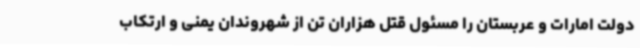
دولت امارات و عربستان را مسئول قتل هزاران تن از شهروندان یمنی و ارتکاب